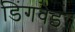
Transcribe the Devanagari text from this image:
डिंगवेइ